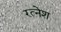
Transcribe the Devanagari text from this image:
रत्‍नेश